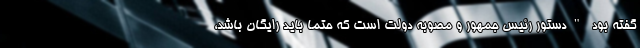
گفته بود "دستور رئیس جمهور و مصوبه دولت است که حتما باید رایگان باشد،